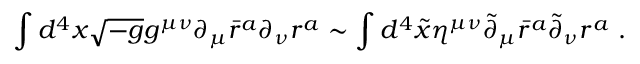
\int d ^ { 4 } x \sqrt { - g } g ^ { \mu \nu } \partial _ { \mu } \bar { r } ^ { a } \partial _ { \nu } r ^ { a } \sim \int d ^ { 4 } \tilde { x } \eta ^ { \mu \nu } \tilde { \partial } _ { \mu } \bar { r } ^ { a } \tilde { \partial } _ { \nu } r ^ { a } \ .